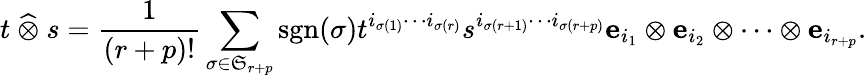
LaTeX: t~{\widehat{\otimes}}~s={\frac{1}{(r+p)!}}\sum_{\sigma\in{\mathfrak{S}}_{r+p}}\operatorname{sgn}(\sigma)t^{i_{\sigma(1)}\cdots i_{\sigma(r)}}s^{i_{\sigma(r+1)}\cdots i_{\sigma(r+p)}}{\mathbf{e}}_{i_{1}}\otimes{\mathbf{e}}_{i_{2}}\otimes\cdots\otimes{\mathbf{e}}_{i_{r+p}}.